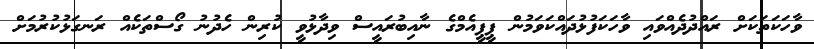
ވާހަކަތަކަށް ރައްދުދެއްވައި ވާހަކަފުޅުދައްކަވަމުން ޕީޕީއެމްގެ ނާއިބުރައީސް ވިދާޅުވީ ކުރިން ހެދުނު ގޯސްތަކެއް ރަނގަޅުކުރުމަށް